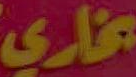
بخاري